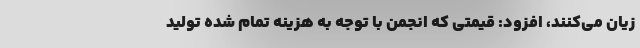
زیان می‌کنند، افزود: قیمتی که انجمن با توجه به هزینه تمام شده تولید